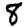
Digit: 8